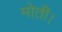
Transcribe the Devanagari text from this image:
मोती।